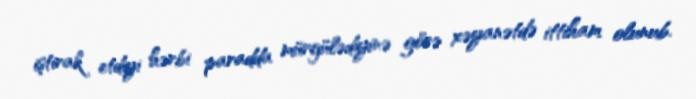
iştirak etdiyi hərbi paradda mürgülədiyinə görə xəyanətdə ittiham olunub.